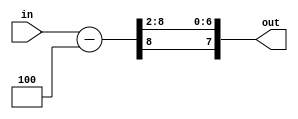
module shift(
	input wire[7:0] in,
	output reg [7:0] out);
	

	always begin
		out = (in - 4) >> 2;
	end
	
endmodule